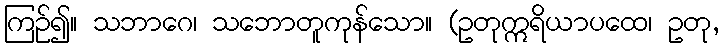
ကြဉ်၍။ သဘာဂေ၊ သဘောတူကုန်သော။ (ဥတုဣရိယာပထေ၊ ဥတု,